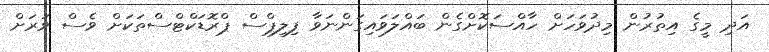
އަދި މީގެ އިތުރުން މިދުވަހަށް ހާއްސަކޮށްގެން ބައްލަވައިގަންނަވާ ފިލިޕްސް ޕްރޮޑަކްޓްސްތަކަށް ވެސް ވަރަށް